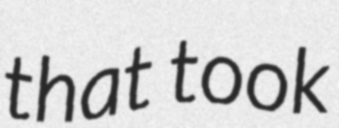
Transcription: that took